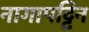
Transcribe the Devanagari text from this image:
नागापट्टिन